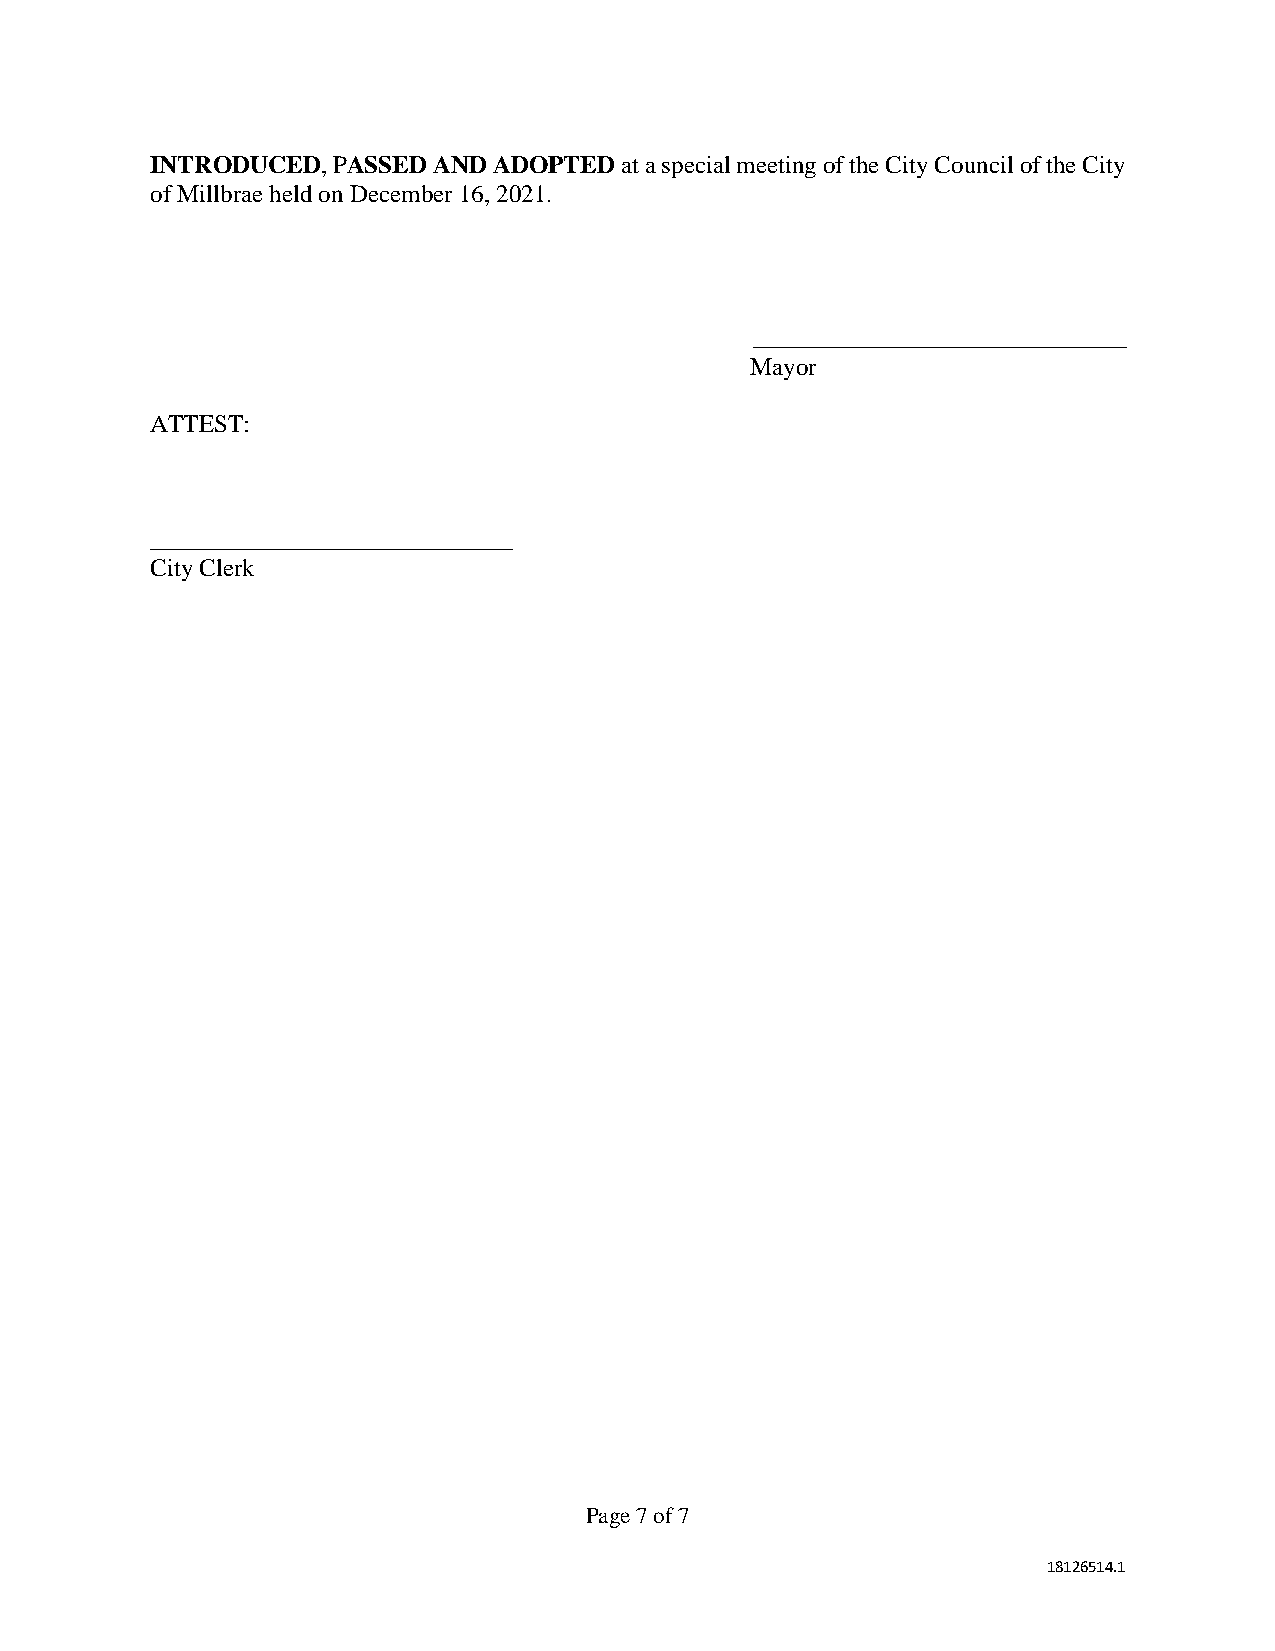
INTRODUCED, PASSED AND ADOPTED at a special meeting of the City Council of the City
 of Millbrae held on December 16, 2021.
 Mayor
 ATTEST:
 _____________________________
 City Clerk
 Page 7 of 7
 18126514.1